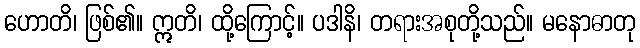
ဟောတိ၊ ဖြစ်၏။ ဣတိ၊ ထို့ကြောင့်။ ပဒါနိ၊ တရားအစုတို့သည်။ မနောဓာတု